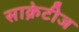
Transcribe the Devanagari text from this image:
साक्रेटीज